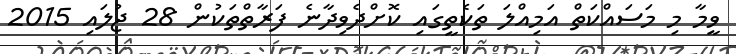
ވީމާ މި މަސައްކަތް އަމިއްލަ ތަކެތީގައި ކޮށްދެވިދާނެ ފަރާތްތަކުން 28 ޖުލައި 2015